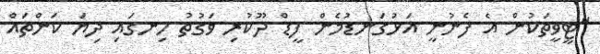
"ޓީވީތަކުން އެ ފެނުނީ އަޅުގަނޑުމެން ފީޑް ދޫކުރި ވަގުތު ހިނގައި ދިޔަ ކަންތައް